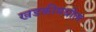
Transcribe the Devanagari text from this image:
खडकीमधील